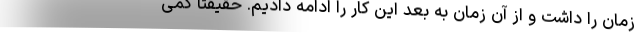
زمان را داشت و از آن زمان به بعد این کار را ادامه دادیم. حقیقتاً کمی